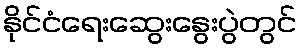
နိုင်ငံရေးဆွေးနွေးပွဲတွင်